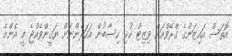
އޮތަސް އައިޒަންގެ ގްރޭވްއަށް ވިޒިޓް ކުރި ހިސާބުން އަހަރެންނަށް ޔަޤީންވެއްޖެ މީ އެންމެ